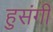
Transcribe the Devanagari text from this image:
हुसंगी